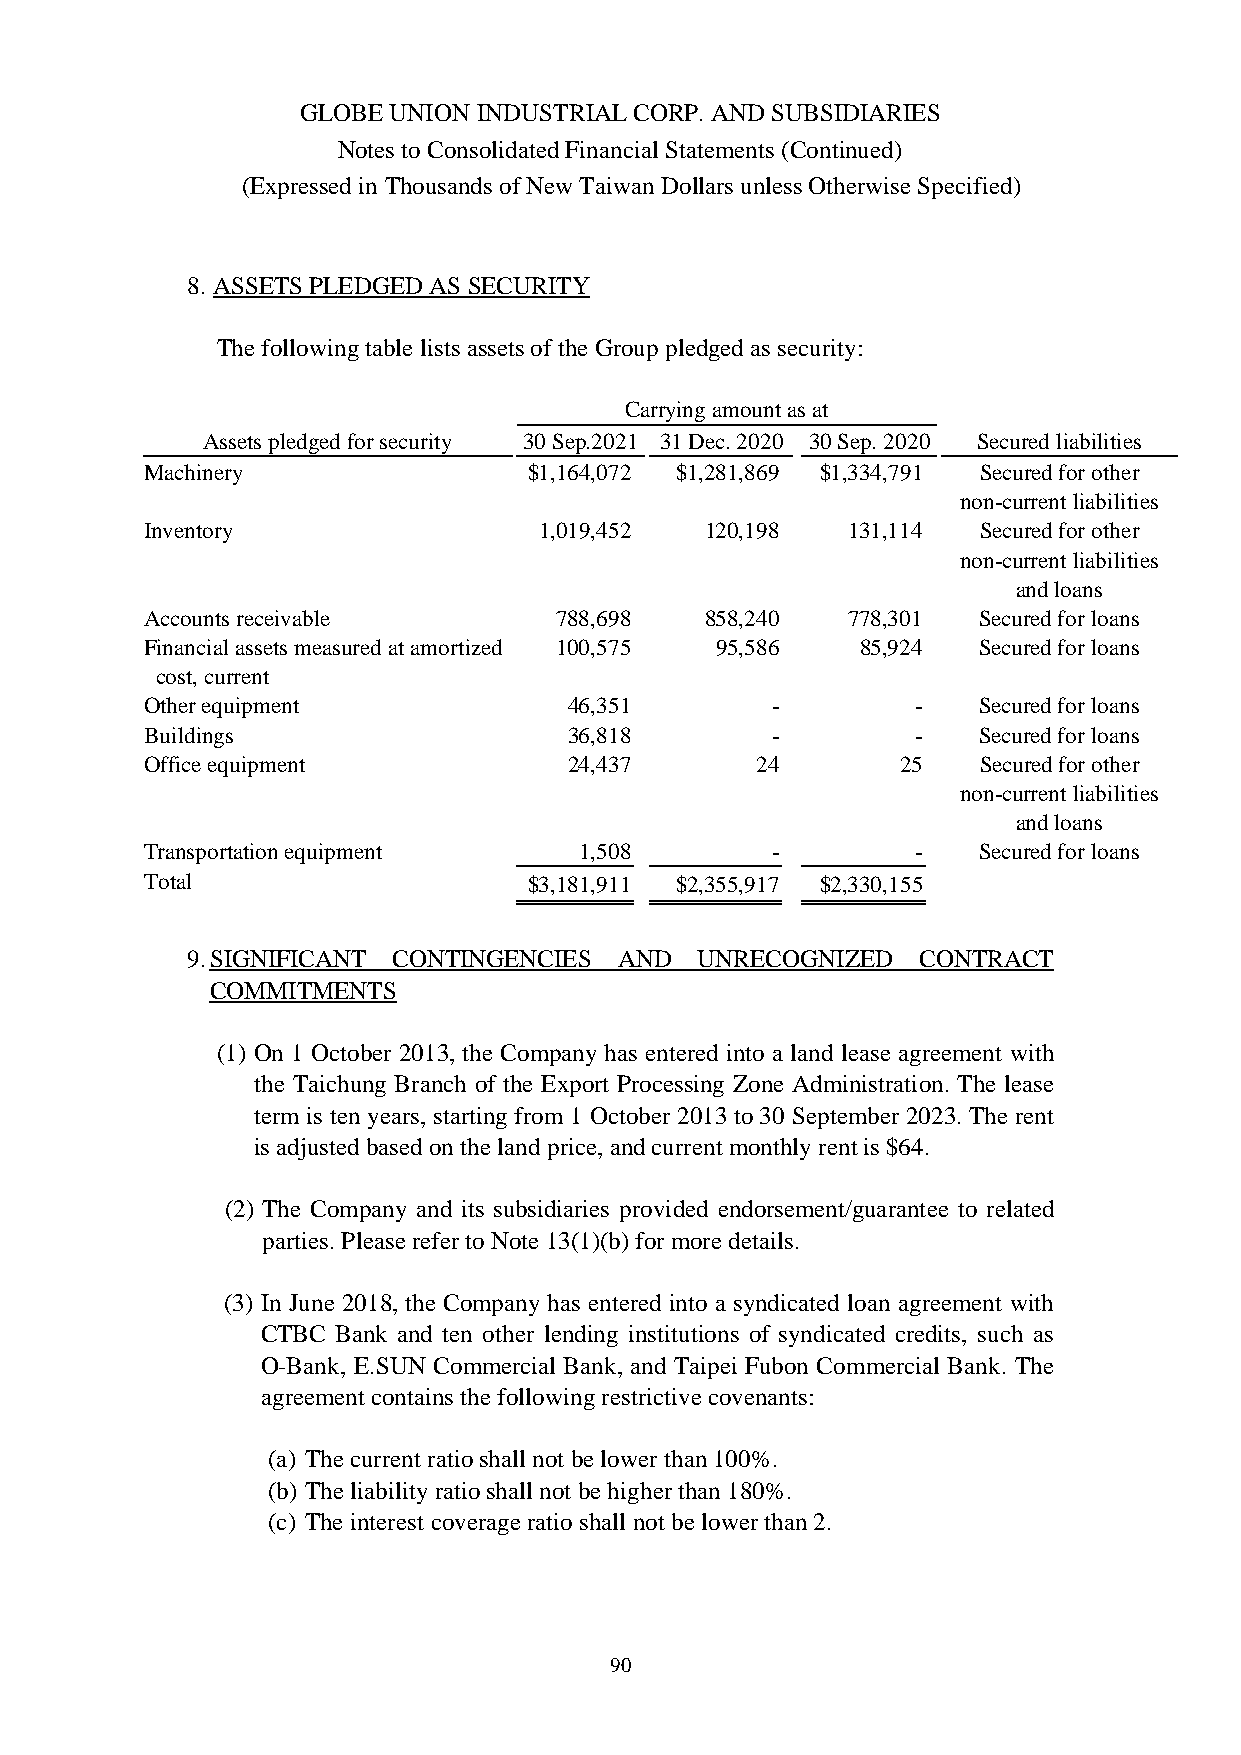
GLOBE UNION INDUSTRIAL CORP. AND SUBSIDIARIES
 Notes to Consolidated Financial Statements (Continued)
 (Expressed in Thousands of New Taiwan Dollars unless Otherwise Specified)
 8. ASSETS PLEDGED AS SECURITY
 The following table lists assets of the Group pledged as security:
 Carrying amount as at
 Assets pledged for security 30 Sep.2021 31 Dec. 2020 30 Sep. 2020 Secured liabilities
 Machinery                $1,164,072 $1,281,869 $1,334,791 Secured for other
 non-current liabilities
 Inventory                 1,019,452  120,198  131,114  Secured for other
 non-current liabilities
 and loans
 Accounts receivable        788,698   858,240  778,301  Secured for loans
 Financial assets measured at amortized 100,575 95,586 85,924 Secured for loans
 cost, current
 Other equipment             46,351       -         -   Secured for loans
 Buildings                   36,818       -         -   Secured for loans
 Office equipment            24,437      24        25   Secured for other
 non-current liabilities
 and loans
 Transportation equipment    1,508        -         -   Secured for loans
 Total                    $3,181,911 $2,355,917 $2,330,155
 9. SIGNIFICANT CONTINGENCIES AND  UNRECOGNIZED   CONTRACT
 COMMITMENTS
 (1) On 1 October 2013, the Company has entered into a land lease agreement with
 the Taichung Branch of the Export Processing Zone Administration. The lease
 term is ten years, starting from 1 October 2013 to 30 September 2023. The rent
 is adjusted based on the land price, and current monthly rent is $64.
 (2) The Company and its subsidiaries provided endorsement/guarantee to related
 parties. Please refer to Note 13(1)(b) for more details.
 (3) In June 2018, the Company has entered into a syndicated loan agreement with
 CTBC Bank and ten other lending institutions of syndicated credits, such as
 O-Bank, E.SUN Commercial Bank, and Taipei Fubon Commercial Bank. The
 agreement contains the following restrictive covenants:
 (a) The current ratio shall not be lower than 100%.
 (b) The liability ratio shall not be higher than 180%.
 (c) The interest coverage ratio shall not be lower than 2.
 90